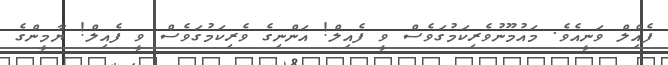
ފެއްިލް ވަނީއެވެ. މައުމޫނުވެރިކަމުގަވެސް ވީ ފެއިލް! އަންނިގެ ވެރިކަމުގަވެސް ވީ ފެއިލް! ޔާމީންގެ